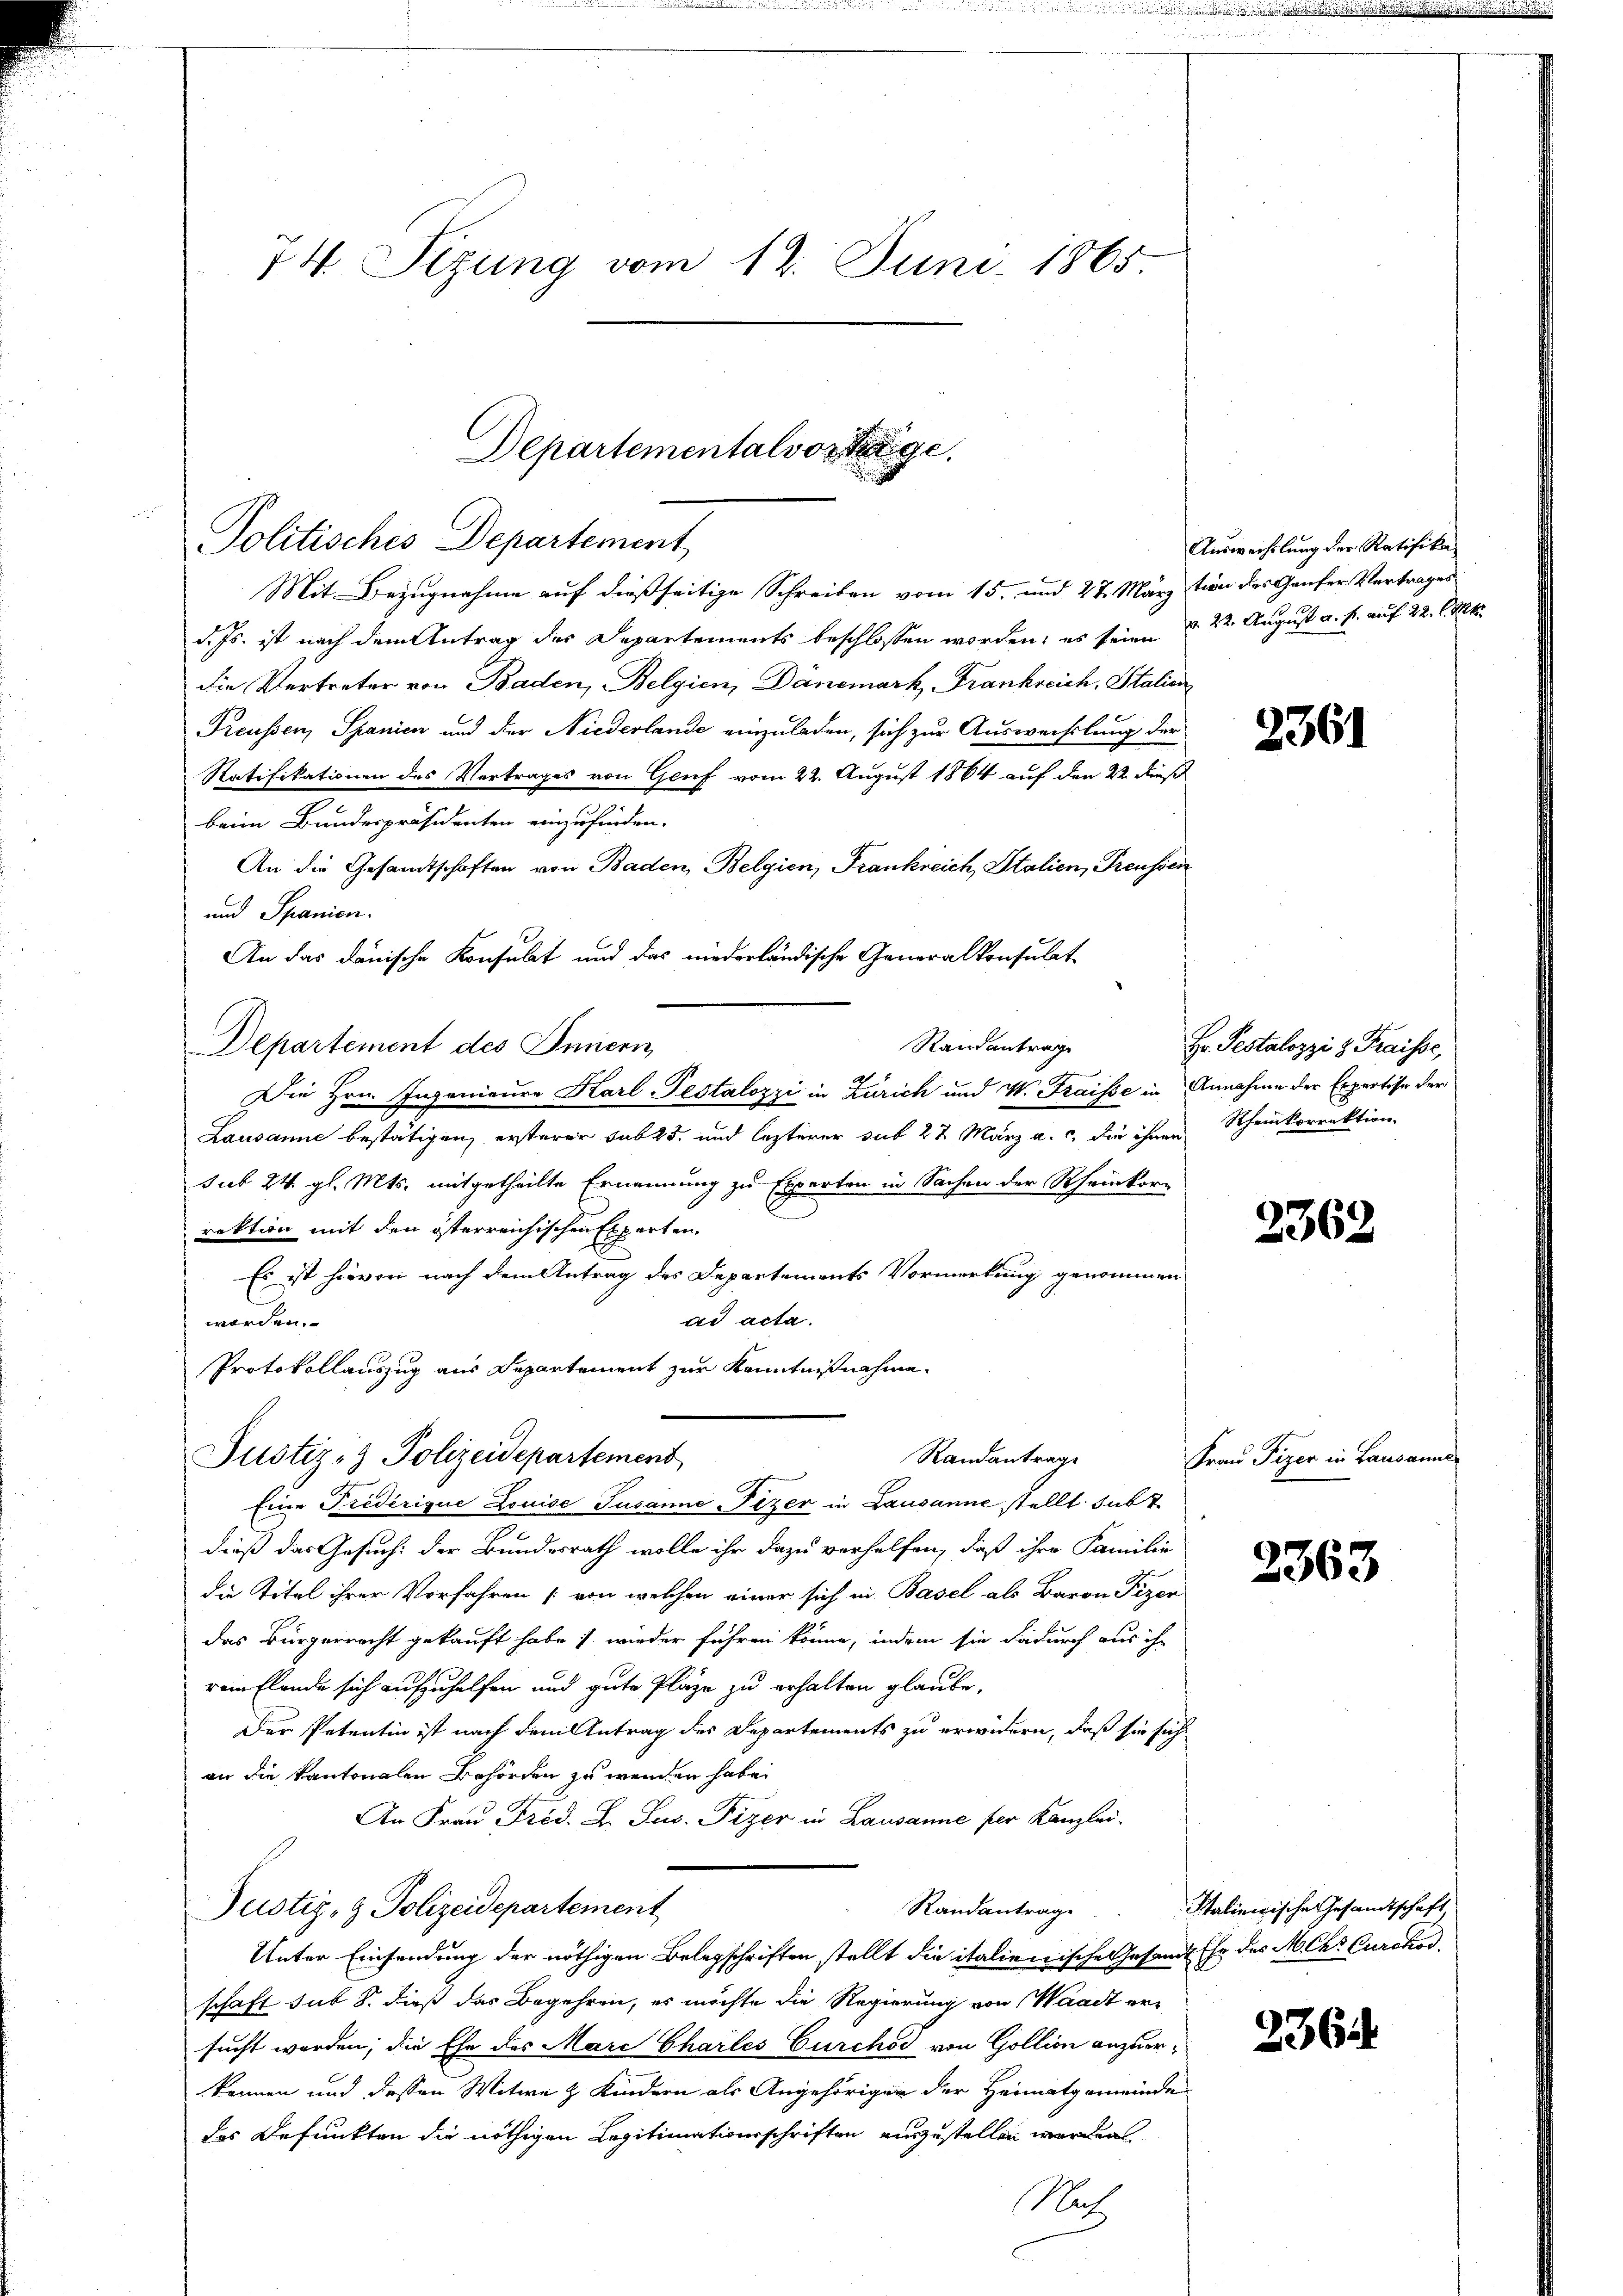
74. Sizung vom 12. Juni 1865.

Departementalvorstge

Politisches Departement
Mit Bezugnahme auf dießseitige Schreiben vom 15. und 27. Märztion des Genfer Vertrages
d. Js. ist nach dem Antrag des Departements beschlossen worden; es seien d. 22. August u. s. auf 22. l. Mts.
Die Vertreter von Baden, Belgien, Dänemark, Frankreich, Stalien
Preussen, Spanien und der Niederlande einzuladen, sich zur Auswechslung der
Ratifikationen des Vertrages von Genf vom 22. August 1864 auf den 22. dieß
beim Bundespräsidenten einzufinden.
An die Gesandtschaften von Baden, Belgien, Frankreich Stalien, Preussen
und Spanien.
An das danische Konsulat und das niederländische Generalkonsulat
Randantrag
Departement des Innern
Die Hrn. Ingenieure Karl Pestalozzi in Zürich und V. Fraisse in Annahme der Expertise der
Lausanne bestätigen, ersterer sub 25, und lezterer sub 22 März a.c. die ihnen Scheinkorrektion
sub 24. gl. Mts. mitgetheilte Ernennung zu Experten in Sachen der Rheinkor-
rektion mit den österreichischen Experten,
Es ist hievon nach dem Antrag des Departements Vormerkung genommen
ad acta.
worden.
Protokollauszug aus Departement zur Kenntnißnahme.

Eine Tiederique Louise Susanne-Fezer in Lausanne stellt subt
dieß das Gesuch: der Bundesrath wolle ihr dazu verhelfen, daß ihre Familie
die Titel ihrer Vorfahren [von welchen einer sich in Basel als Baron Pizer
das Bürgerrecht gekauft habe, wieder führen könne, indem sie dadurch aus ihr
rem Elende sich aufzuhelfen und gute Plaze zu erhalten glaube,
Der Petentin ist nach dem Antrag des Departements zu erwidern, daß sie sich
an die kantonalen Behörden zu wenden habe.
An Frau Prod. L. Sus. Pizer in Lausanne per Kanzlei-
Randantrag.
Justiz- & Polizeidepartement
Unter Einsendung der nöthigen Belegschriften stellt die italienische Gesandt Ehe des Mehr Curchod
schaft sub 8. dieß das Begehren, es möchte die Regierung von Waadt ersucht worden, die Ehe des Marc Charles Curchod von Gollion anzuerkönnen und dessen Witwe z. Kindern als Angehöriger der Heimatgemeinde
des Befunkten die nöthigen Legitimationsschriften anzustellen werden.
Nach

Randantrage
Justiz- & Polizeidepartement

Auswechslung der Ratifika

2361

Hr. Pestalozzi z. Fraisse,

2362

Frau Pizer in Lausanne

2363

Italienische Gesandtschaft

236